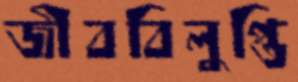
জীববিলুপ্তি